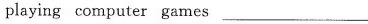
playing computer games___